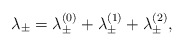
\begin{align*}\lambda_\pm=\lambda_\pm^{(0)}+\lambda_\pm^{(1)}+ \lambda_\pm^{(2)} ,\end{align*}